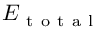
E _ { \mathrm { ~ t ~ o ~ t ~ a ~ l ~ } }